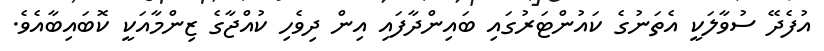
އުފެދޭ ސުވާލަކީ އެތަނުގެ ކައުންޓަރުގައި ބައިންދާފައި އިން ދިވެހި ކުއްޖާގެ ޒިންމާއަކީ ކޮބައިބާއެވެ.